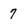
Character: 7